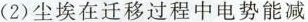
(2)尘埃在迁移过程中电势能减